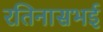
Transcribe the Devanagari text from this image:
रतिनासभई